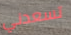
تسعدني